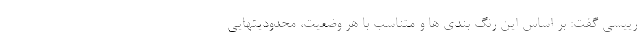
رییسی گفت: بر اساس این رنگ بندی ها و متناسب با هر وضعیت، محدودیتهایی